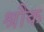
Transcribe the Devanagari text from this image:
श्रौक